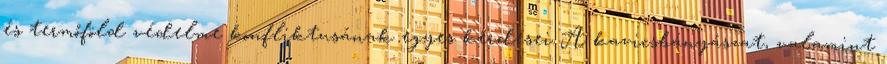
és termőföld védelme konfliktusának egyes kérdései A kavicsbányászat, valamint